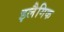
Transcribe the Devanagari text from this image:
इलैगिक